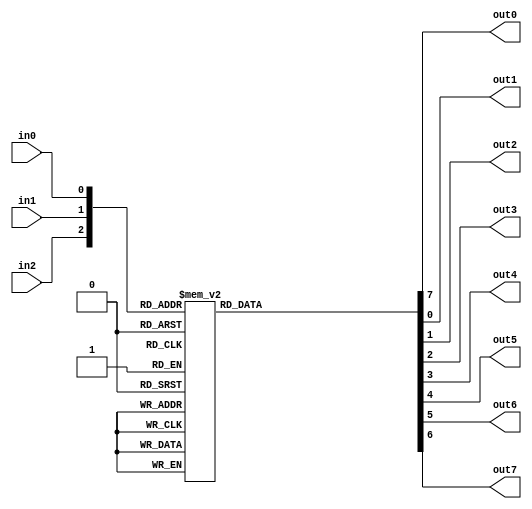
module decoder3to8(in0, in1, in2, out0, out1, out2, out3, out4, out5, out6, out7 ); 


input in0, in1, in2;  

output reg out0, out1, out2, out3, out4, out5, out6, out7; 

   

always @ (in2,in1,in0) 

begin 

	out0=0;
	out1=0;
	out2=0;
	out3=0;
	out4=0;
	out5=0;
	out6=0;
	out7=0; 

 begin 

 case ({in2,in1,in0}) 

	3'b000: out0=1; 
	3'b001: out1=1; 
	3'b010: out2=1; 
	3'b011: out3=1; 
	3'b100: out4=1; 
	3'b101: out5=1; 
	3'b110: out6=1; 
	3'b111: out7=1; 

 default: begin 

	out0=0;
	out1=0;
	out2=0;
	out3=0;
	out4=0;
	out5=0;
	out6=0;
	out7=0; 

  end 

  endcase 

 end 

end

endmodule